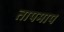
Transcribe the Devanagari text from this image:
तापमाप